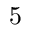
5